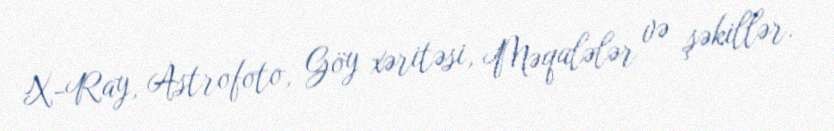
X-Ray, Astrofoto, Göy xəritəsi, Məqalələr və şəkillər.